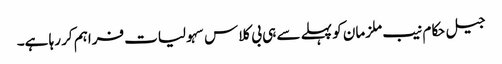
جیل حکام نیب ملزمان کو پہلے سے ہی بی کلاس سہولیات فراہم کر رہا ہے۔